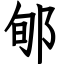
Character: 郇